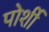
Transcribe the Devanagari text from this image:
पोर्शी